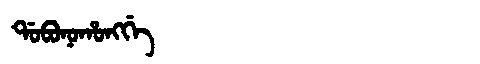
Manchu: ᡩᠣᠪᠣᠨᠣᡥᠣᠩᡤᡝ
Romanization: DOBONOHONGGE